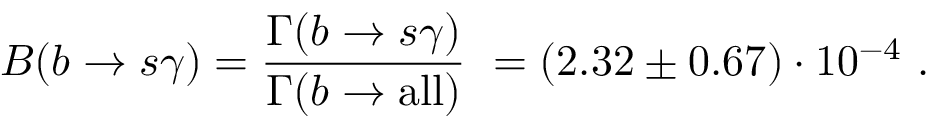
B ( b \to s \gamma ) = \frac { \Gamma ( b \to s \gamma ) } { \Gamma ( b \to \mathrm { a l l } ) } \ = ( 2 . 3 2 \pm 0 . 6 7 ) \cdot 1 0 ^ { - 4 } \ .